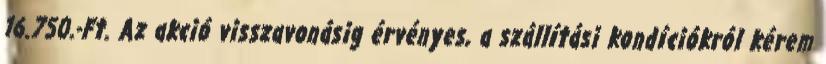
16.750.-Ft. Az akció visszavonásig érvényes, a szállítási kondíciókról kérem